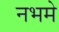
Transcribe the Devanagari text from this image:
नभमे